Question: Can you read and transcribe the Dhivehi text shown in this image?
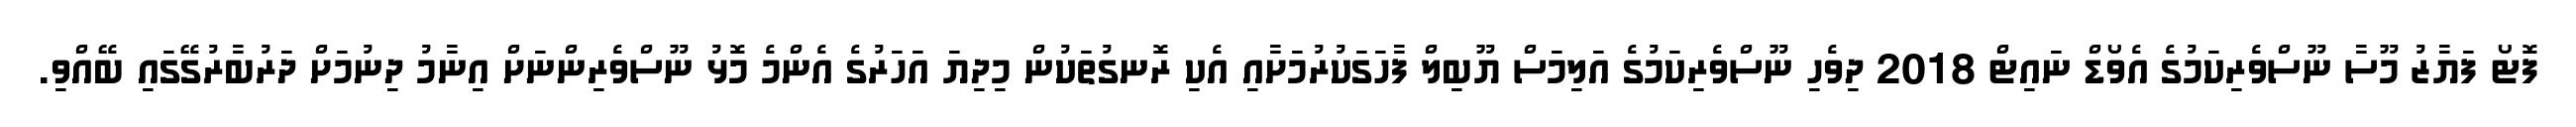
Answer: ފޮޓޯ ފަޔާޒު މޫސާ ނޫސްވެރިކަމުގެ އެވޯޑް ނައިޓް 2018 ދިވެހި ނޫސްވެރިކަމުގެ އަލިމަސް ޔޫބިލް ފާހަގަކުރުމަށާއި އެކި ރޮނގުތަކުން މިދިޔަ އަހަރުގެ އެންމެ މޮޅު ނޫސްވެރިންނަށް އިނާމު ދިނުމަށް ދަރުބާރުގޭގައި ބޭއްވި.